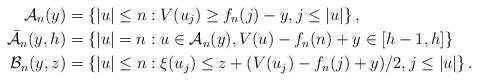
LaTeX: \begin{align*} \mathcal{A}_n(y)& = \left\{ |u| \leq n : V(u_j) \geq f_n(j) - y, j \leq |u| \right\},\\ \bar{\mathcal{A}}_n(y,h) &= \left\{ |u| = n : u \in \mathcal{A}_n(y), V(u) - f_n(n) + y \in [h-1,h] \right\}\\ \mathcal{B}_n(y,z)& = \left\{ |u| \leq n : \xi(u_j) \leq z + (V(u_j) - f_n(j) + y)/2 , j \leq |u| \right\}.\end{align*}